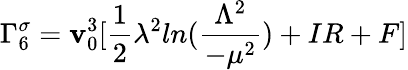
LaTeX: \Gamma_{6}^{\sigma}=\mathbf{v}_{0}^{3}[\frac{{1}}{{2}}\lambda^{2}ln(\frac{{\Lambda^{2}}}{{-\mu^{2}}})+IR+F]